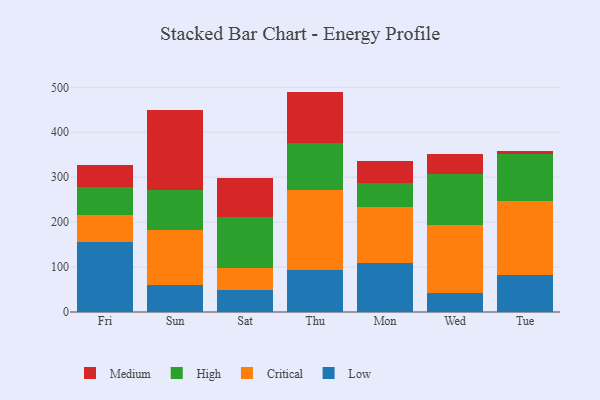
{"axis": {"x": "Day", "y": "Operating Costs (USD K)"}, "legend": ["Critical", "High", "Low", "Medium"], "data": [{"x": "Fri", "y": 156.1, "type": "Low"}, {"x": "Fri", "y": 59.3, "type": "Critical"}, {"x": "Fri", "y": 62.8, "type": "High"}, {"x": "Fri", "y": 48.6, "type": "Medium"}, {"x": "Sun", "y": 60.1, "type": "Low"}, {"x": "Sun", "y": 121.8, "type": "Critical"}, {"x": "Sun", "y": 89.4, "type": "High"}, {"x": "Sun", "y": 179.3, "type": "Medium"}, {"x": "Sat", "y": 48.0, "type": "Low"}, {"x": "Sat", "y": 50.4, "type": "Critical"}, {"x": "Sat", "y": 112.9, "type": "High"}, {"x": "Sat", "y": 86.7, "type": "Medium"}, {"x": "Thu", "y": 92.4, "type": "Low"}, {"x": "Thu", "y": 179.6, "type": "Critical"}, {"x": "Thu", "y": 104.3, "type": "High"}, {"x": "Thu", "y": 114.2, "type": "Medium"}, {"x": "Mon", "y": 108.1, "type": "Low"}, {"x": "Mon", "y": 126.6, "type": "Critical"}, {"x": "Mon", "y": 51.6, "type": "High"}, {"x": "Mon", "y": 50.5, "type": "Medium"}, {"x": "Wed", "y": 42.8, "type": "Low"}, {"x": "Wed", "y": 149.9, "type": "Critical"}, {"x": "Wed", "y": 113.8, "type": "High"}, {"x": "Wed", "y": 45.7, "type": "Medium"}, {"x": "Tue", "y": 82.4, "type": "Low"}, {"x": "Tue", "y": 163.8, "type": "Critical"}, {"x": "Tue", "y": 106.4, "type": "High"}, {"x": "Tue", "y": 5.9, "type": "Medium"}]}